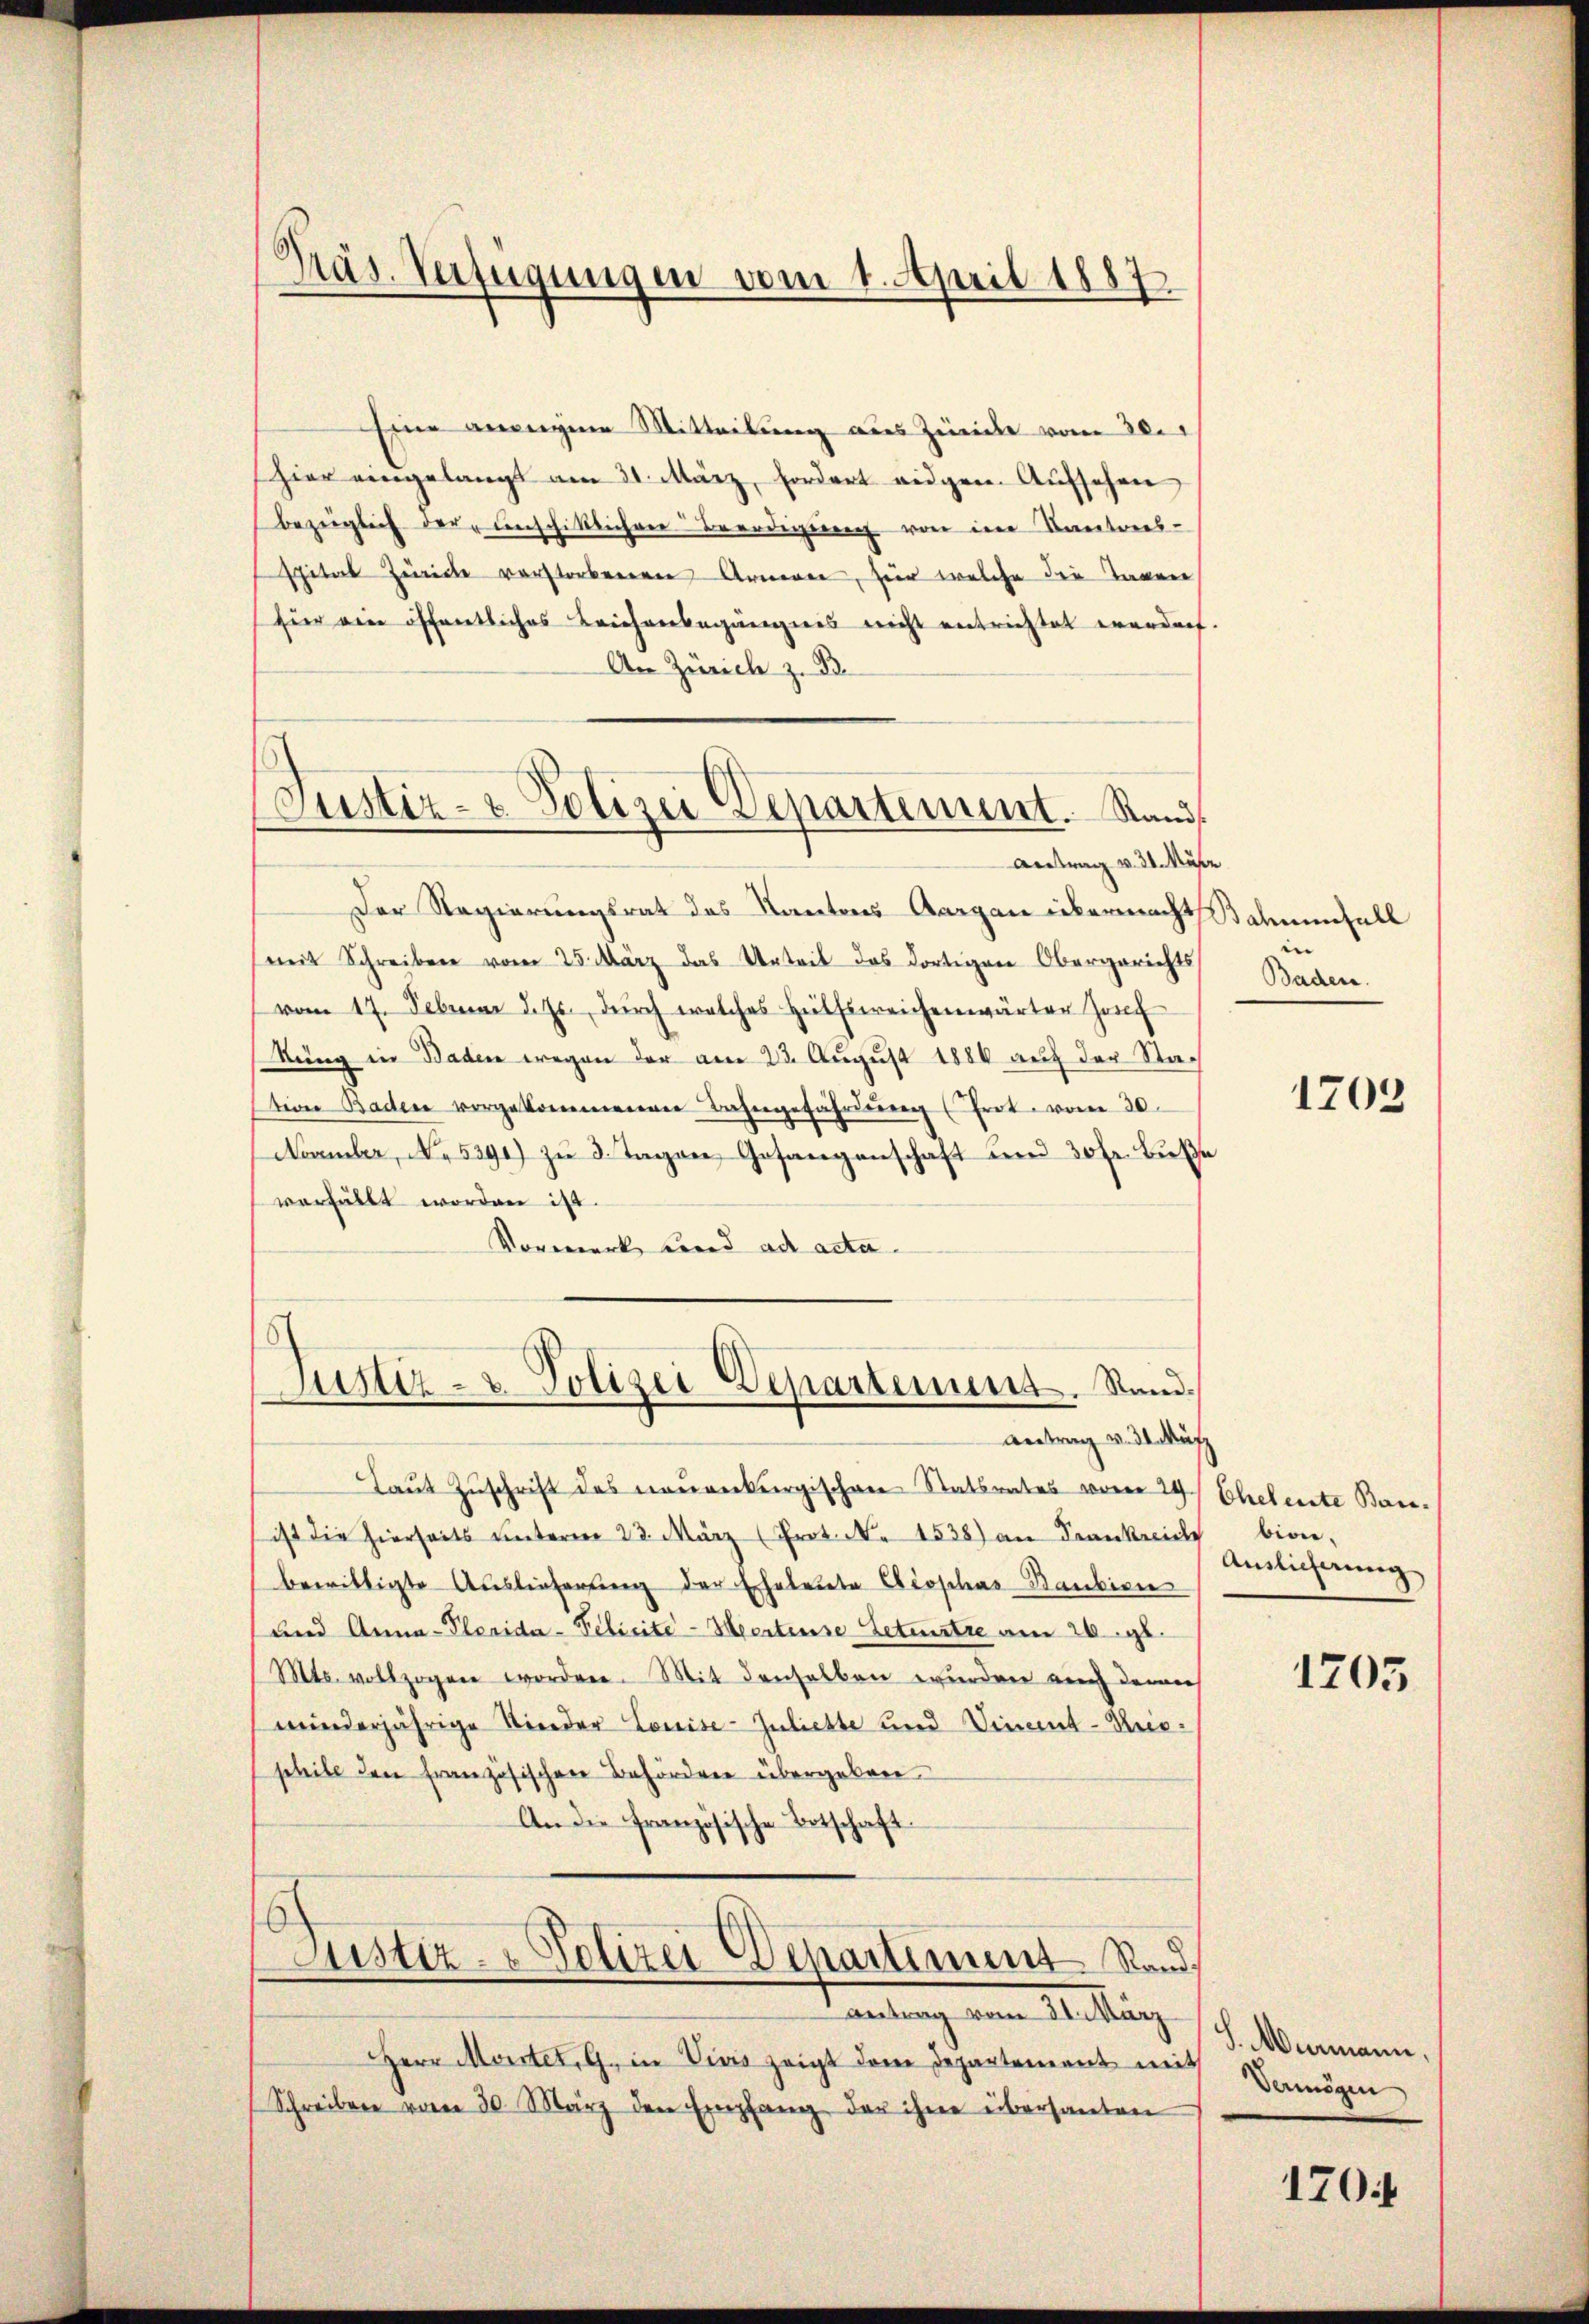
.
Präs. Verfügungen vom 1. April 1887

Eine anweigene Mitteilung aus Zwicke vom 30.
hier eingelangt am 31. März, fordert eidgen. Aŭfsehen
bezüglich der Anschittlichen Beerdigung von im Kantons-
Espital Zürich verstorbeneren Arneren, für welche die Tagen,
für ein öffentliches Leichenbegängnis nicht entrichtet werdnet.
An Zürich z. B.
Antrag v. 31. Müße
Der Regierungsrat des Kantons Aargau übermacht Balmenfall
(mit Schreiben vom 25. März das Urteil des dortigen Obergerichts
vom 17. Februar d. Js. dŭrch welches Hülfsweichenwärter Josef
kung in Baden wegen der am 23. August 1886 auf der Station Baden vorgekommenen Bahngefährdŭng (Trat. vom 30.
Noamler, No. 5391) zu 3. Tagen, Gesangenschaft und 30 Fr. Buße
verfüllt worden ist.
Vorwerk Land ad acta- |
6
Justiz- & Polizei Departemens. Stand,
Antrag v. 31. Mütz
Laŭt Zŭschrift des nouverkergischen Statsrates vom 24. Eheleute Bau-
ist die hierseits ŭnterm 23. März (Prot. N. 1538) an Frankreich
bewilligte Auslieferŭng der Eheleute Croshas-Banbien
und Anna-Planida-Felicité-Heertense Zetentre am 26. gl.
Mts. vollzogen worden. Mit denselben wurden auch demnach
minderjährige Nieder Louise-Zuliebte und Vincent-Pris-
shile den französischen Behördere übergeben
An die französische Botschaft
Justiz- & Polizei Departement Sandtantung vom 1. März
Herr Mortet. G. in Vivis zeigt dem Departement mit
Schreiben vom 30. März den Empfang der ihne übersanten

s
Justiz- & Polizei Departement. Rand

|
Baden.

1703

bion.
Auslieferung

1705

S. Murmann,
Vermögen

1704